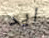
ايد